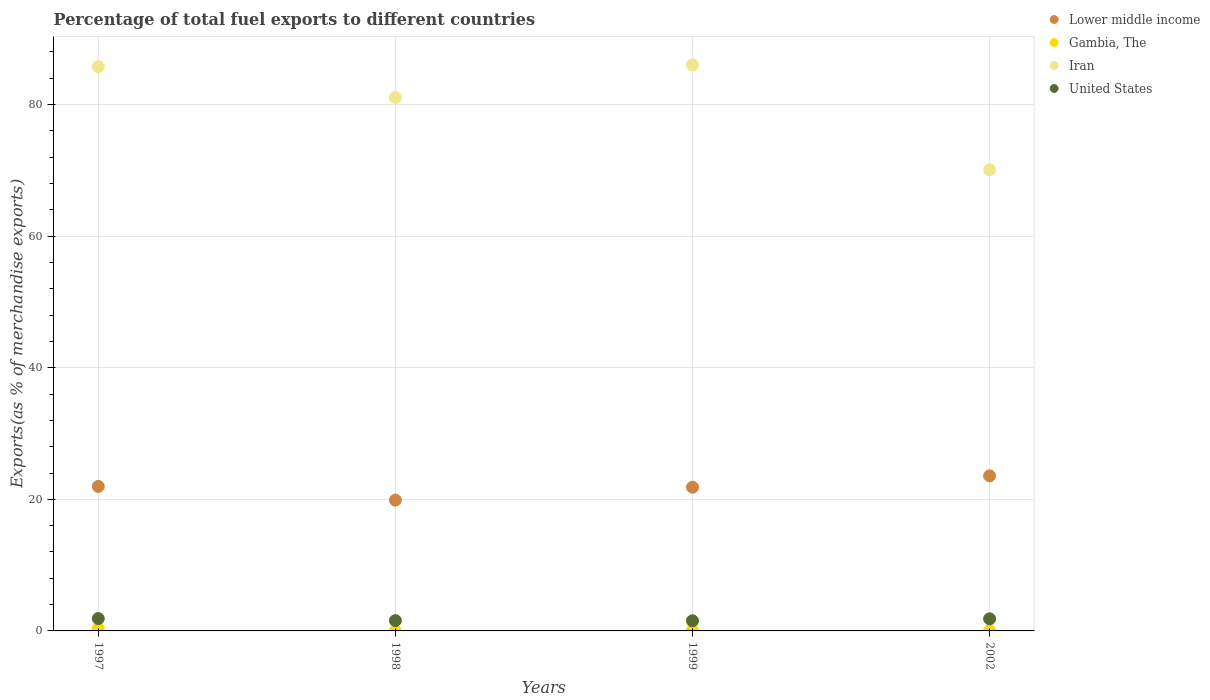
| Years | Lower middle income | Gambia, The | Iran | United States |
 | --- | --- | --- | --- | --- |
 | 1997 | 22 | 0.367 | 85.7 | 1.88 |
 | 1998 | 19.9 | 0.0174 | 81.1 | 1.57 |
 | 1999 | 21.8 | 0.133 | 86 | 1.54 |
 | 2002 | 23.6 | 0.0304 | 70.1 | 1.84 |